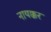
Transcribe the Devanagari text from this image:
नायक्कर